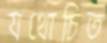
যথোচিত